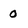
Character: 0